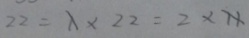
2 2 = 1 \times 2 2 = 2 \times 1 1